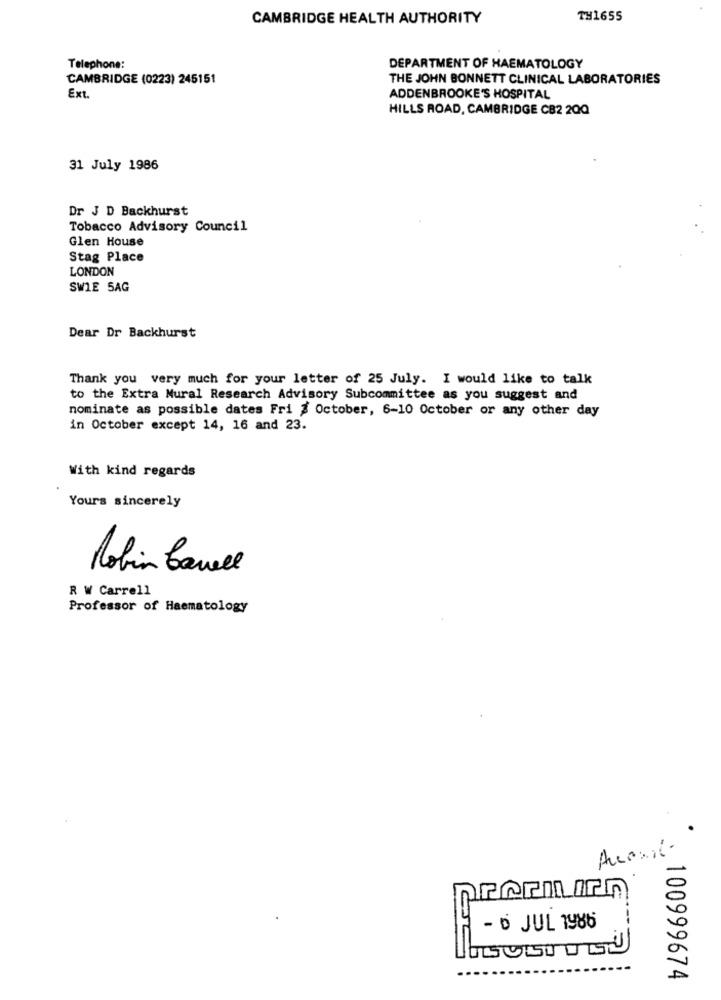
CAMBRIDGE HEALTH AUTHORITY
TH1655
Telephone:
DEPARTMENT OF HAEMATOLOGY
CAMBRIDGE (0223) 245151
THE JOHN BONNETT CLINICAL LABORATORIES
Ext.
ADDENBROOKE'S HOSPITAL
HILLS ROAD, CAMBRIDGE CB2 200
31 July 1986
Dr J D Backhurst
Tobacco Advisory Council
Glen House
Stag Place
LONDON
SWIE 5AG
Dear Dr Backhurst
Thank you very much for your letter of 25 July. I would like to talk
to the Extra Mural Research Advisory Subcommittee as you suggest and
nominate as possible dates Fri # October, 6-10 October or any other day
in October except 14, 16 and 23.
With kind regards
Yours sincerely
Robin Laurell
R W Carrell
Professor of Haematology
- D JUL 1986
100999674